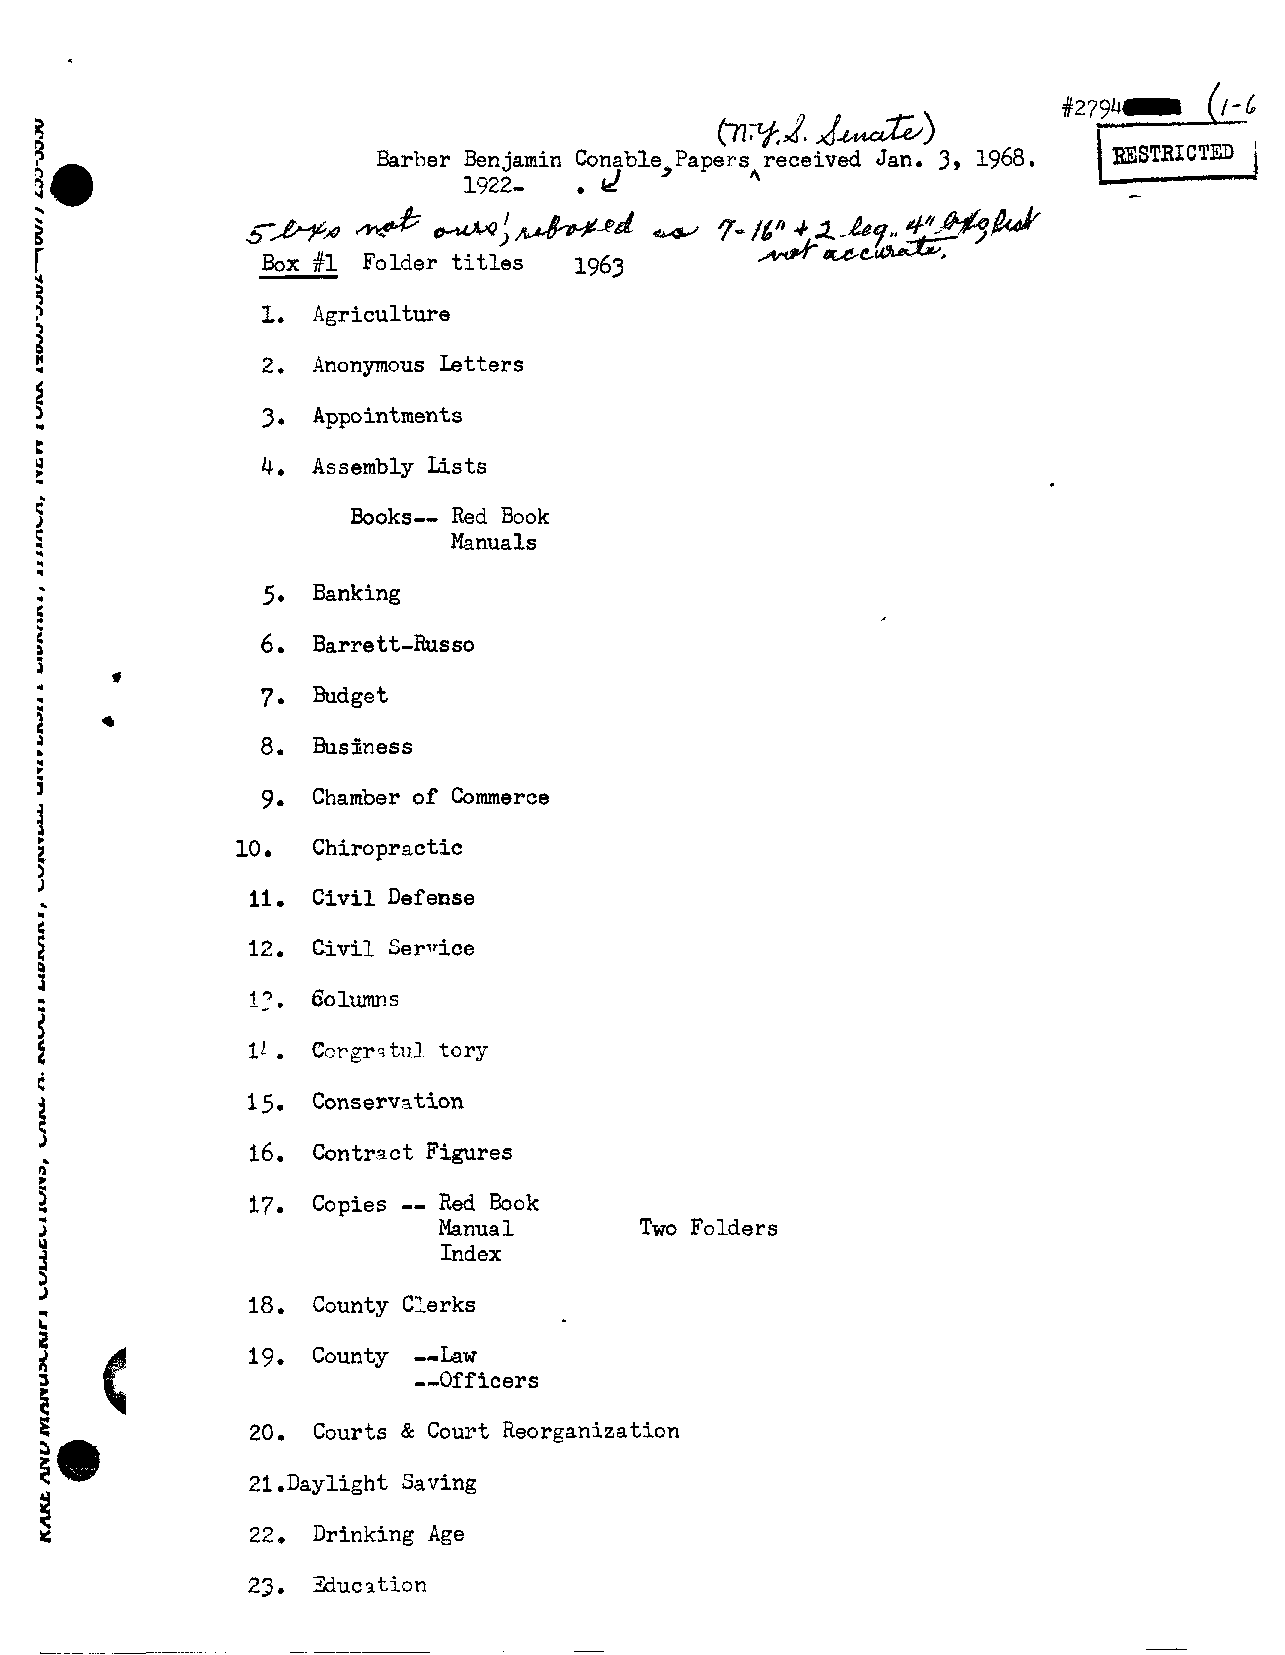
#279\ 4-  (1-1,
 tn%d   d  A   )
 j
 Barber Ben jamin C. a nable,Papers received Jan. 3, 1968. ~STRICTED
 -
 1922-    d         4
 '
 ~ R ~ S& ' N &>   /tA.$h&~d    '7    4 2 -A$?r3,#,*W
 ~     ~     L     G      C      K
 Box#l  Folder titles 1963
 1.  Agriculture
 2.  Anonymous Letters
 3.  Appointments
 4.  Assembly Lists
 Books-- Red Book
 Manuals
 5.  Banking
 7.  Budget
 9.  Chamber of Commerce
 10,  Chiropractic
 11. Civil Defense
 12.  Civil Ser~~ice
 .
 11   Ccrgrstul tory
 15.  Conservation
 16. Contract Figures
 --
 17. Copies  Red Book
 Manual       Two Folders
 Index
 18.  County Clerks
 19.  County --Law
 --Officers
 20. Courts & Court Reorganization
 21.Daylight Saving
 22. Drinking Age